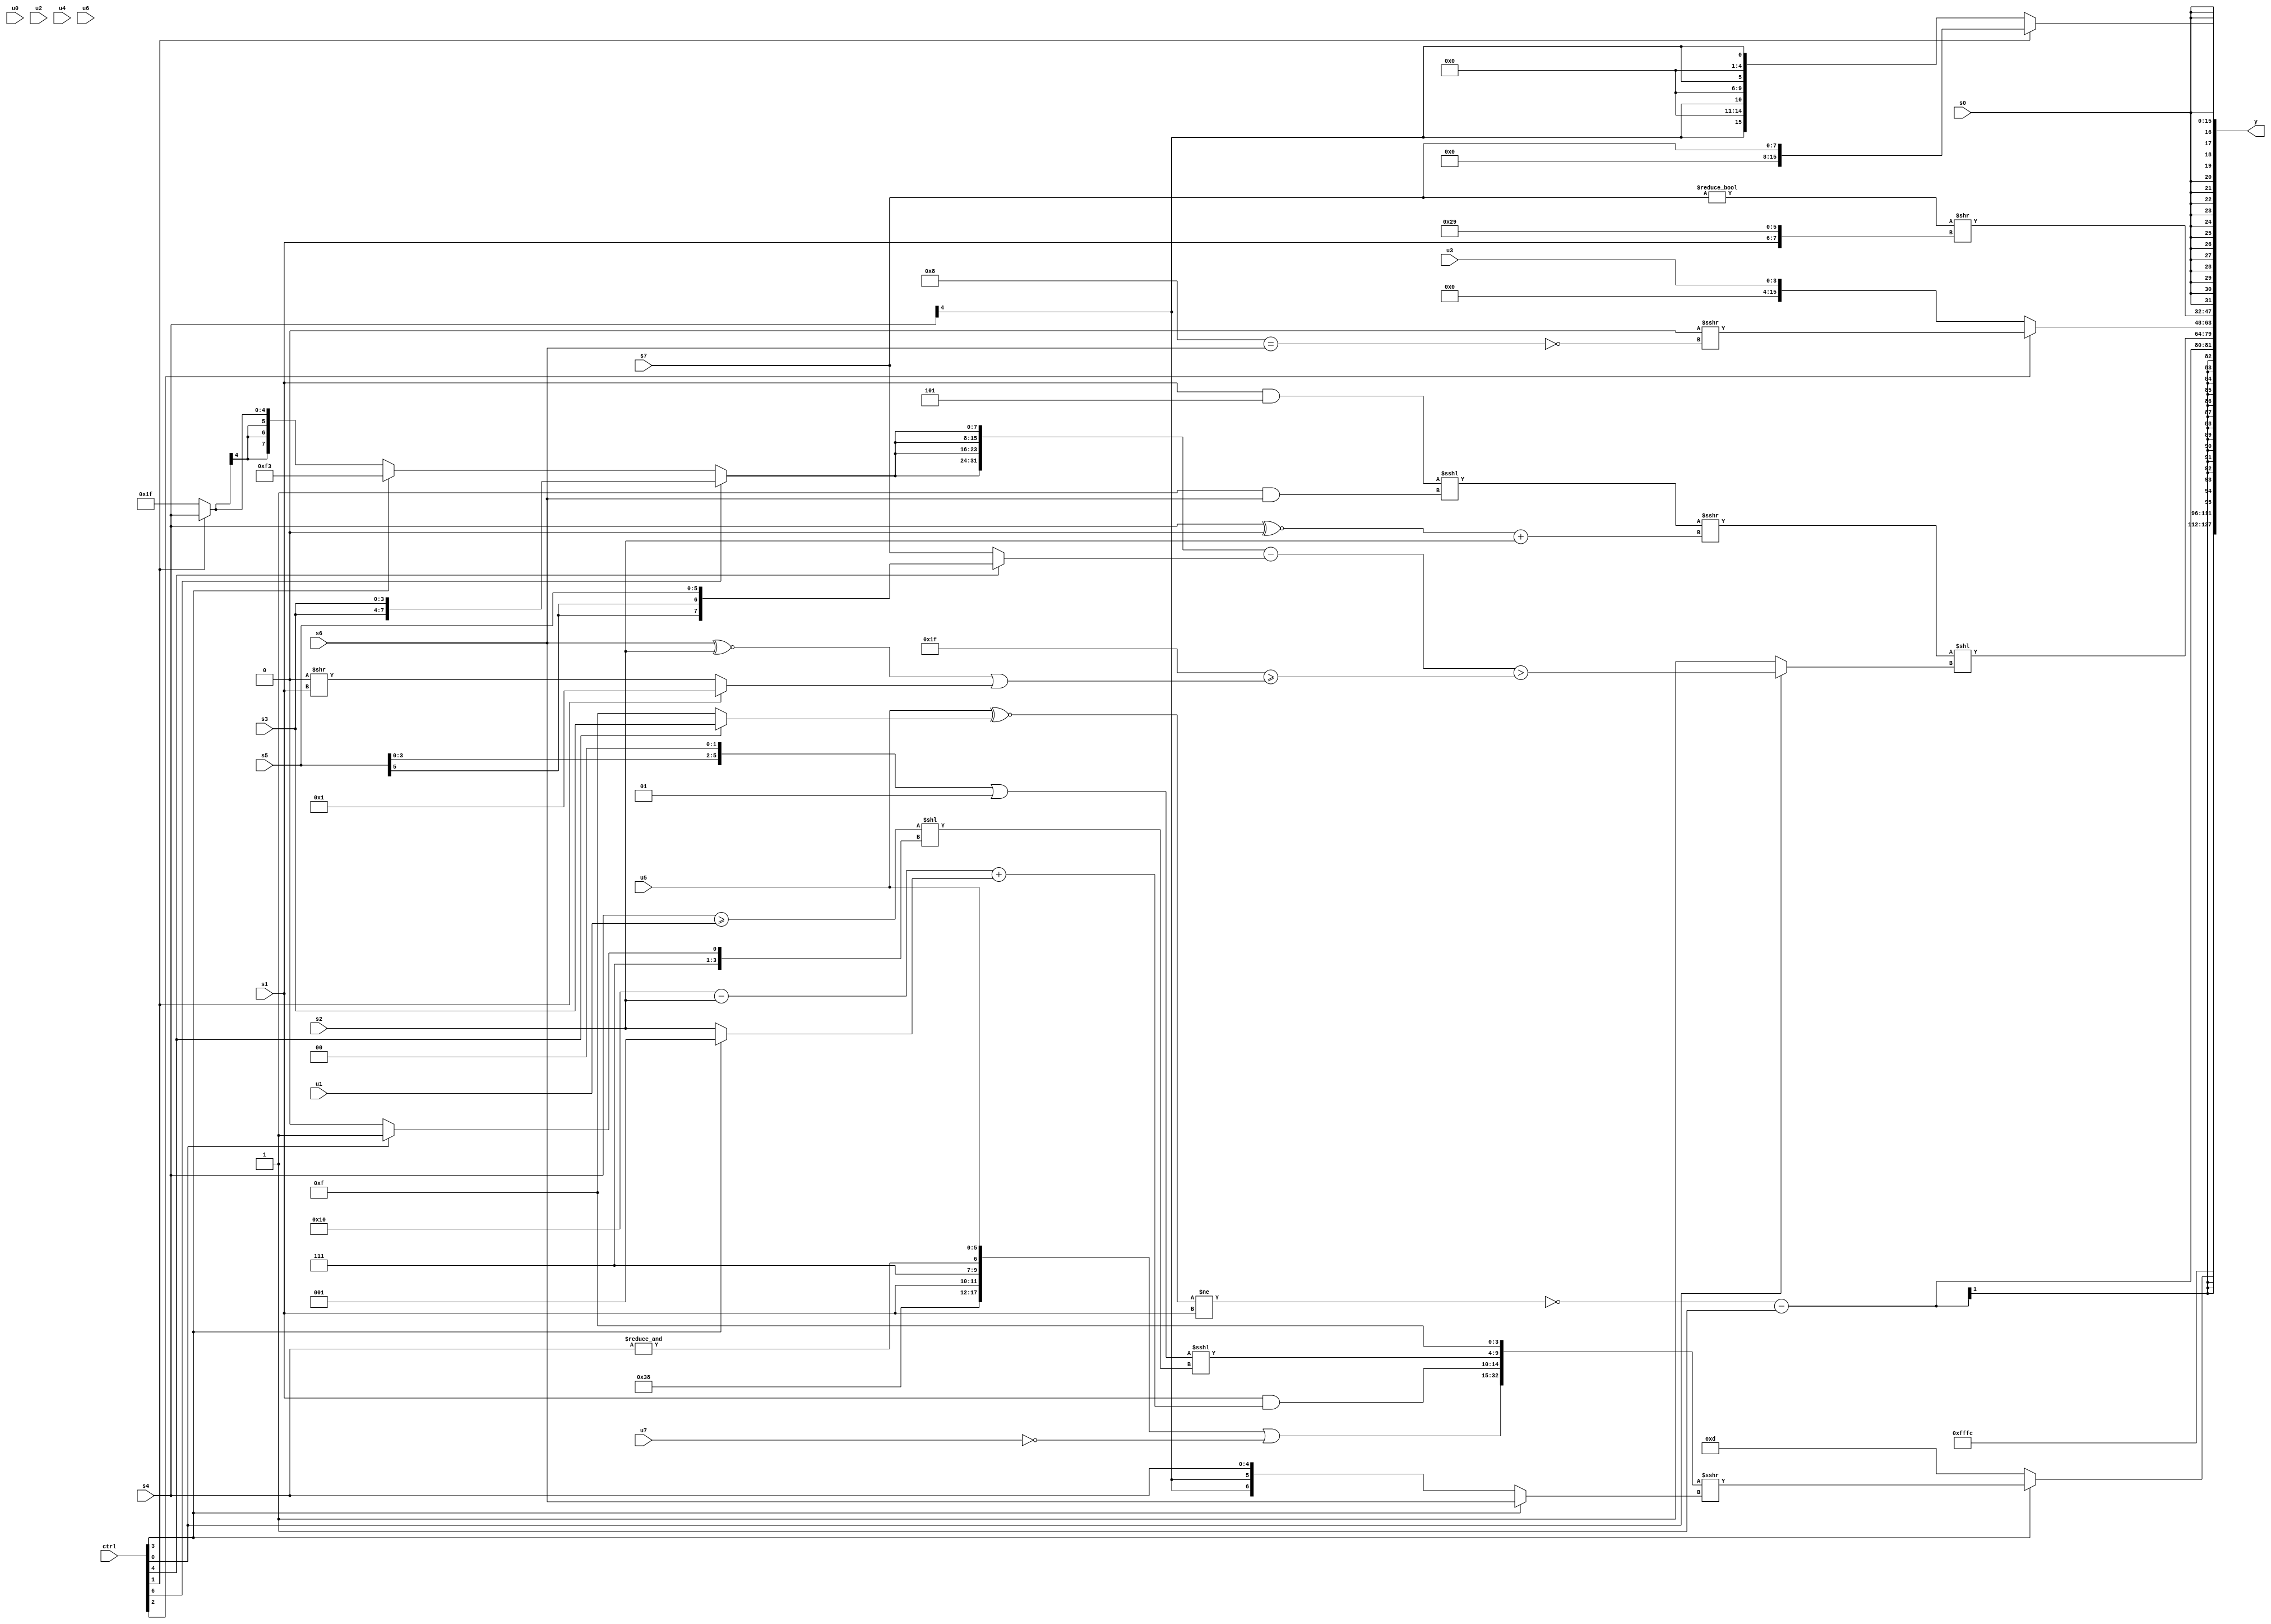
module wideexpr_00566(ctrl, u0, u1, u2, u3, u4, u5, u6, u7, s0, s1, s2, s3, s4, s5, s6, s7, y);
  input [7:0] ctrl;
  input [0:0] u0;
  input [1:0] u1;
  input [2:0] u2;
  input [3:0] u3;
  input [4:0] u4;
  input [5:0] u5;
  input [6:0] u6;
  input [7:0] u7;
  input signed [0:0] s0;
  input signed [1:0] s1;
  input signed [2:0] s2;
  input signed [3:0] s3;
  input signed [4:0] s4;
  input signed [5:0] s5;
  input signed [6:0] s6;
  input signed [7:0] s7;
  output [127:0] y;
  wire [15:0] y0;
  wire [15:0] y1;
  wire [15:0] y2;
  wire [15:0] y3;
  wire [15:0] y4;
  wire [15:0] y5;
  wire [15:0] y6;
  wire [15:0] y7;
  assign y = {y0,y1,y2,y3,y4,y5,y6,y7};
  assign y0 = 3'sb100;
  assign y1 = (ctrl[3]?({({{6'b111000,s1},3'sb111,&(s4),$signed(u5)})|(~(u7)),(s1)&(((5'sb10000)-(s2))+((ctrl[3]?2'sb01:s2))),(((s5)<<<(6'sb000010))|($signed(6'sb000001)))<<<(((s4)>=(u1))<<((ctrl[0]?2'sb11:4'sb1110))),{4{!((3'sb010)<<(5'sb01101))}}})>>>((ctrl[3]?s6:s4)):4'sb1101);
  assign y2 = (!((($signed(u5))^~((ctrl[4]?s3:1'sb1)))!=(s1)))-(2'b01);
  assign y3 = (($signed(((s1)&({2{2'sb01}}))<<<((+(6'sb111111))&(s6))))>>>(((s4)^~(((ctrl[5]?s7:-({4{s4}})))<<(6'sb101111)))+(s2)))<<((ctrl[0]?(({4{(ctrl[6]?$signed({2{s3}}):(ctrl[3]?5'sb10011:(ctrl[1]?s4:2'sb11)))}})-($signed((ctrl[4]?s5:s7))))>(|((+($signed(6'b011111)))>=(($signed((s6)^~(s2)))|((ctrl[1]?2'sb01:(1'sb0)>>(s1)))))):1'sb1));
  assign y4 = (ctrl[2]?(1'b0)>>>(~^((6'sb001000)==(s6))):u3);
  assign y5 = +(((2'sb00)!=(s7))>>({s1,6'sb101001}));
  assign y6 = s0;
  assign y7 = $signed($signed((ctrl[1]?s7:{4{(s4)>>(3'sb100)}})));
endmodule